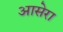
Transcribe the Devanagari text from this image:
आसेरा